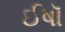
ઈષૉ